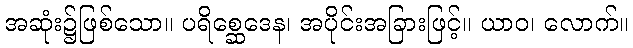
အဆုံး၌ဖြစ်သော။ ပရိစ္ဆေဒေန၊ အပိုင်းအခြားဖြင့်။ ယာဝ၊ လောက်။